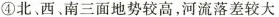
④北、西、南三面地势较高，河流落差较大